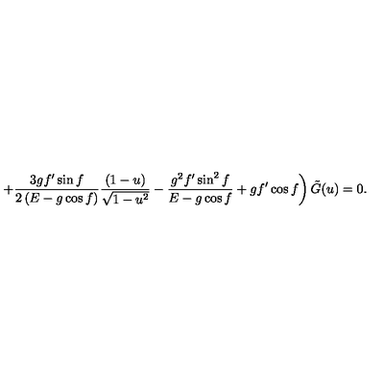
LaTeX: \left. + \frac { 3 g f ^ { \prime } \sin f } { 2 \left( E - g \cos f \right) } \frac { ( 1 - u ) } { \sqrt { 1 - u ^ { 2 } } } - \frac { g ^ { 2 } f ^ { \prime } \sin ^ { 2 } f } { E - g \cos f } + g f ^ { \prime } \cos f \right) { \tilde { G } } ( u ) = 0 .